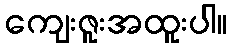
ကျေးဇူးအထူးပါ။